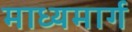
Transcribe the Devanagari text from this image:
माध्यमार्ग